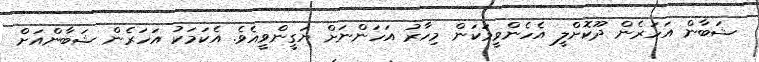
ޝަބާން އަހަރެން ދޫކޮށްލީ އެހެންވީމަކަން މިހާރު އަހަންނަށް ޔަގީންވީއެވެ. އެކަމަކު އަހަރެން ޝަބާންއަށް